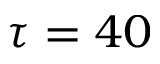
\tau = 4 0